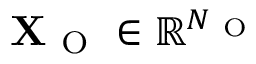
\mathbf { X } _ { \mathrm { ~ O ~ } } \in \mathbb { R } ^ { N _ { \mathrm { ~ O ~ } } }